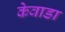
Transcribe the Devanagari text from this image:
केवाडा